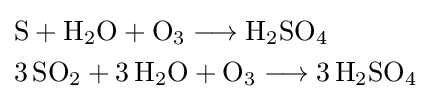
{\begin{aligned}&{\mathrm {S} {}+{}\mathrm {H} {\vphantom {A}}_{\smash[{t}]{2}}\mathrm {O} {}+{}\mathrm {O} {\vphantom {A}}_{\smash[{t}]{3}}{}\mathrel {\longrightarrow } {}\mathrm {H} {\vphantom {A}}_{\smash[{t}]{2}}\mathrm {SO} {\vphantom {A}}_{\smash[{t}]{4}}}\\&{3\,\mathrm {SO} {\vphantom {A}}_{\smash[{t}]{2}}{}+{}3\,\mathrm {H} {\vphantom {A}}_{\smash[{t}]{2}}\mathrm {O} {}+{}\mathrm {O} {\vphantom {A}}_{\smash[{t}]{3}}{}\mathrel {\longrightarrow } {}3\,\mathrm {H} {\vphantom {A}}_{\smash[{t}]{2}}\mathrm {SO} {\vphantom {A}}_{\smash[{t}]{4}}}\end{aligned}}